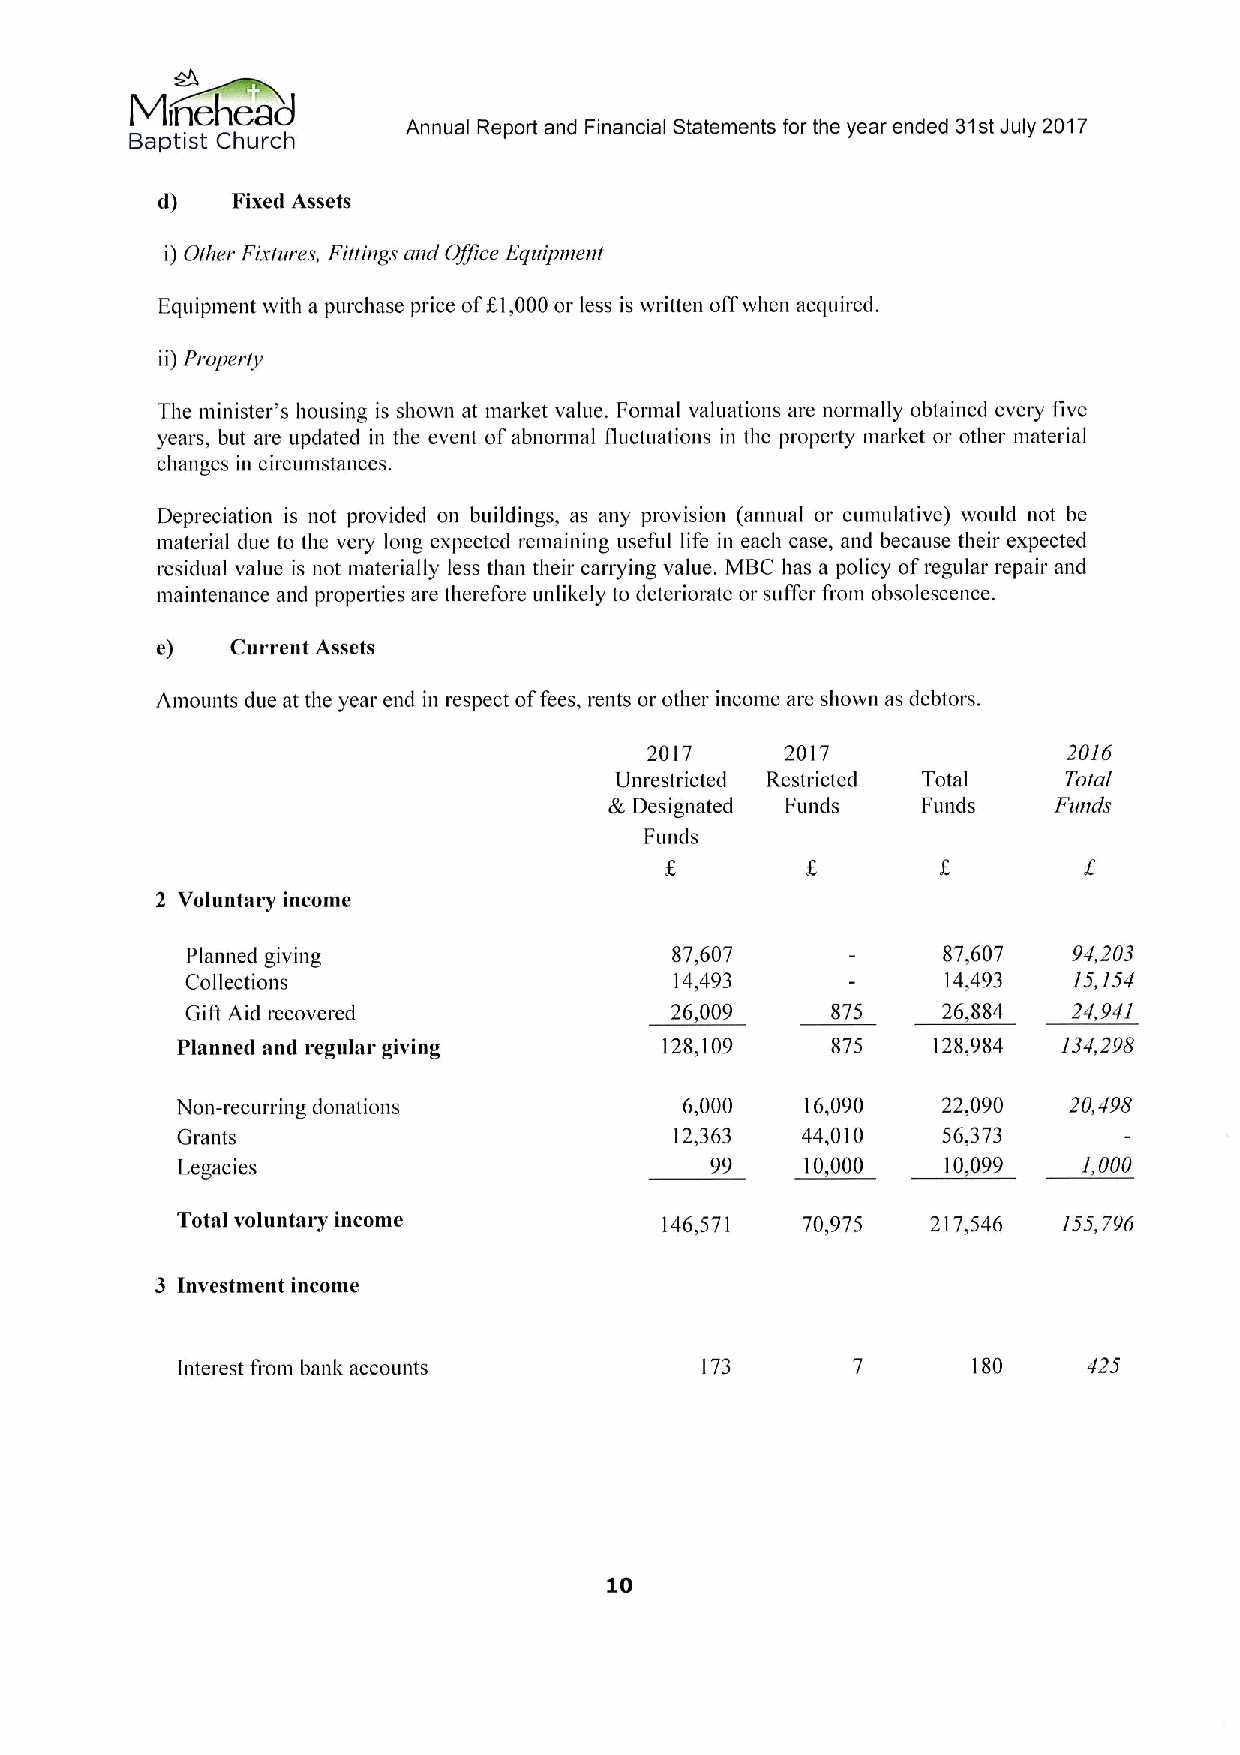
Annual Report and Financial Statements for the year ended 31stJuly 2017
 Baptist Church
 il)  Fixe&I Assets
 i) Other Fixtures, Fittings and Office Equipment
 Equipment with a purchase price off.1,000or less is written offwhen acquired.
 ii) Property
 The minister's housing is shown at market value. Foimal valuations are normally obtained every five
 years, but are updated in the event ofabnormal fluctuations in the property market or other material
 changes in circumstances.
 Depreciation is not provided on buildings, as any provision (annual or cumulative) would not be
 material due to the very long expected remaining useful life in each case, and because their expected
 residual value is not materially less than their carrying value. MBC has a policy ofregular repair and
 maintenance and properties are therefore unlikely to deteriorate or suffer from obsolescence.
 e)   Current Assets
 Amounts due at the year end in respect offees, rents or other income are shown as debtors.
 2017     2017               2016
 Unrestricted Restricted Total Total
 &Designated Funds    Funds    Funds
 Funds
 2 Voluntary income
 Planned giving                  87,607            87,607   94,203
 Collections                      14,493            14,493  15,154
 Gift Aid recovered              26,009     875    26,884   24,941
 Planned and regular giving      128,109    875    128,984 134,298
 Non-recurring donations          6,000   16,090   22,090   20,498
 Grants                           12,363  44,010   56,373
 Legacies                           99    10,000    10,099   1,000
 Total voluntary income          146,571  70,975   217,546 155,796
 3 Investment income
 Interest from bank accounts       173               180     425
 10